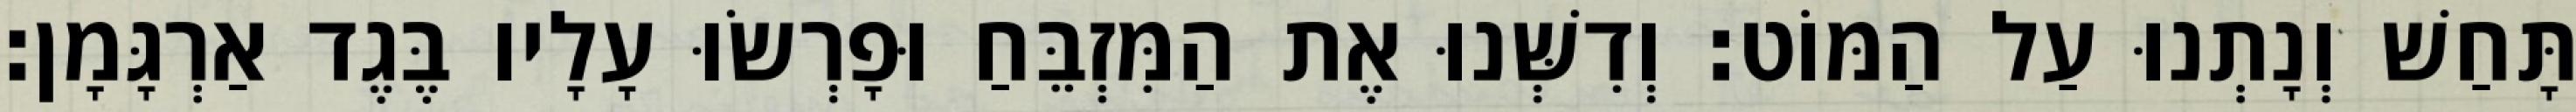
תָּחַשׁ וְנָתְנוּ עַל הַמּוֹט׃ וְדִשְּׁנוּ אֶת הַמִּזְבֵּחַ וּפָרְשׂוּ עָלָיו בֶּגֶד אַרְגָּמָן׃